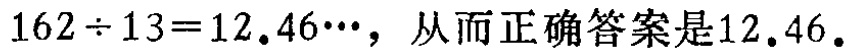
\(162\div13 = 12.46\cdots\)，从而正确答案是\(12.46\)。